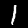
Label: 1